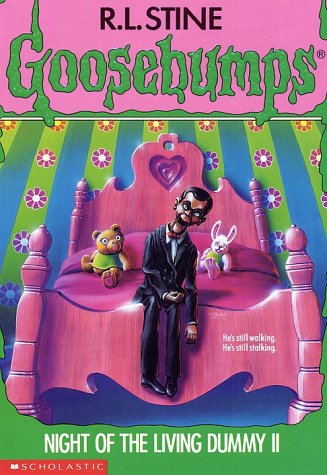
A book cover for Night of the Living Dummy II  (Goosebumps, No 31); R. L. Stine; Teen & Young Adult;